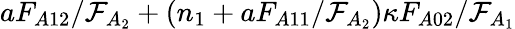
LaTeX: aF_{A12}/\mathcal{F}_{A_{2}}+(n_{1}+aF_{A11}/\mathcal{F}_{A_{2}})\kappa F_{A02}/\mathcal{F}_{A_{1}}